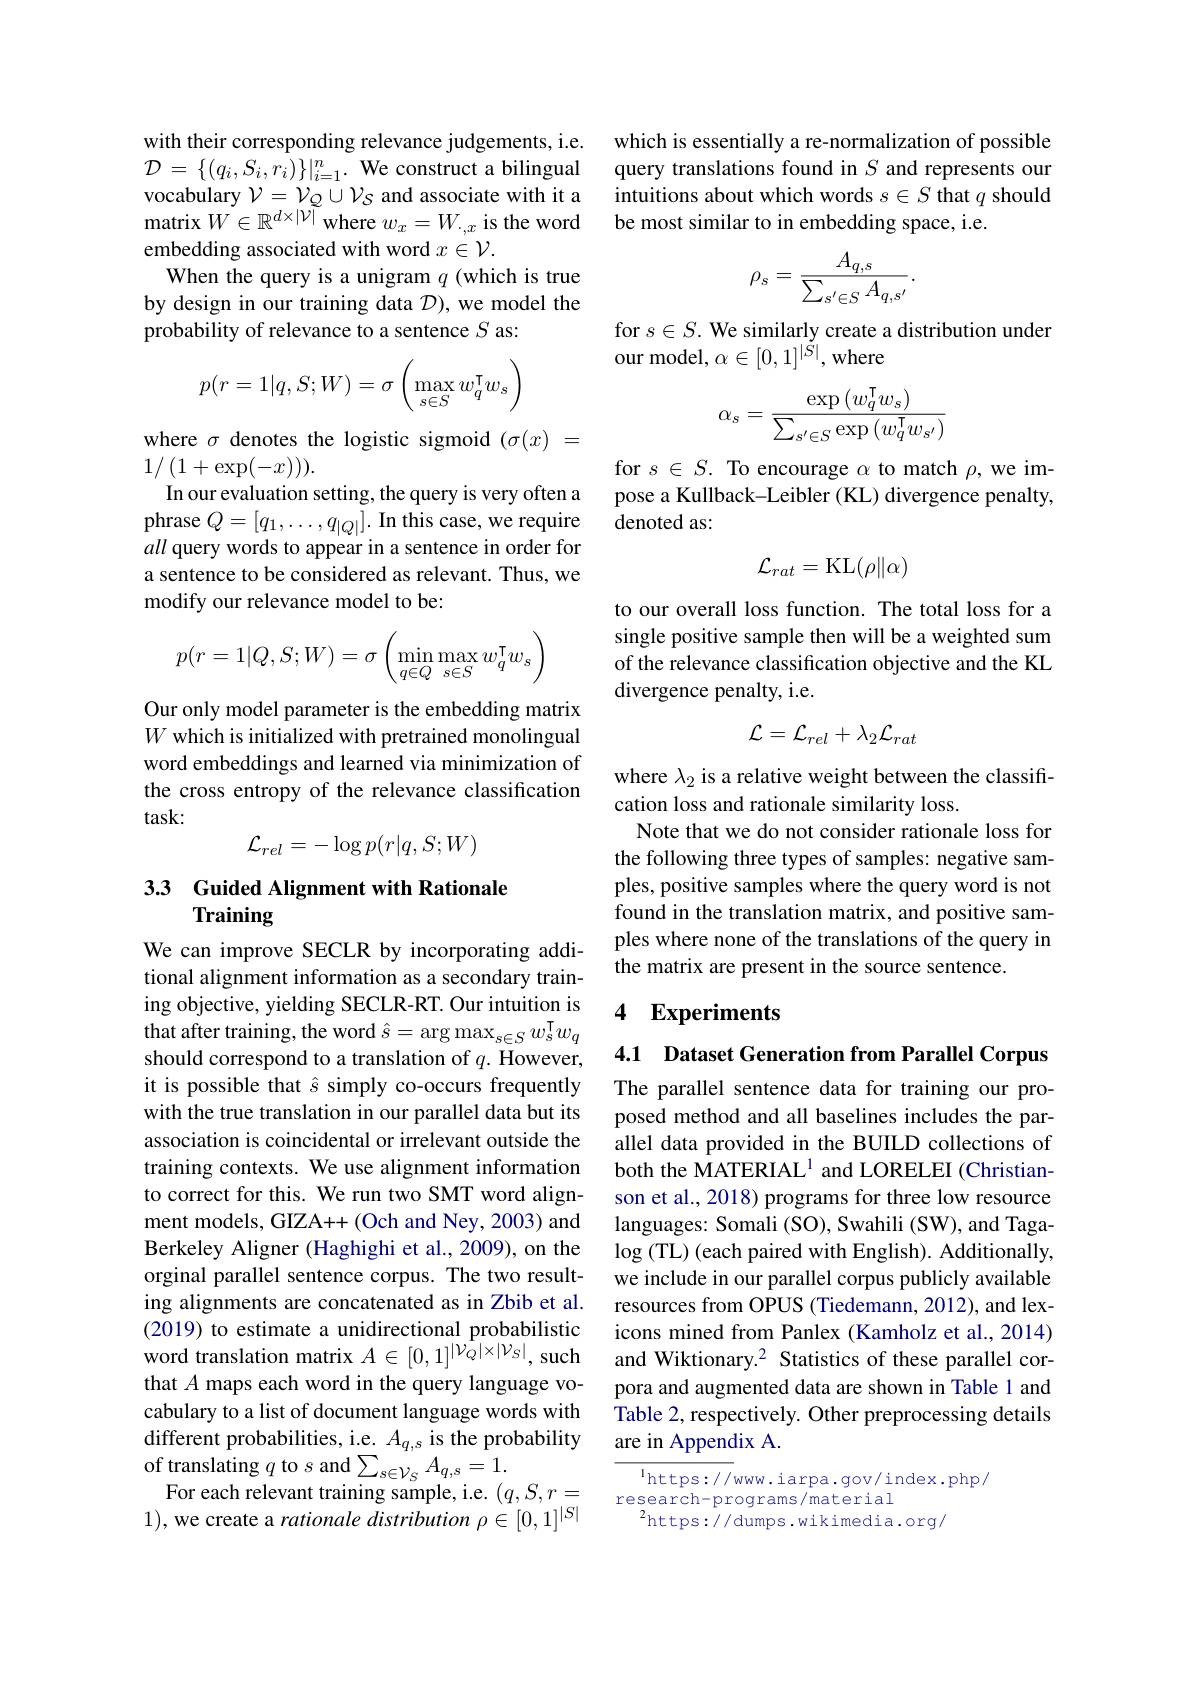
with their corresponding relevance judgements, i.e. $\mathcal{D}=\{(q_{i},S_{i},r_{i})\}|_{i=1}^{n}.$ We construct a bilingual embedding associated with word $x\in\mathcal{V}.$
When the query is a unigram $q$ (which is true by design in our training data $\mathcal{D})$, we model the probability of relevance to a sentence $S$ as:
$$p(r=1|q,S;W)=\sigma\left(\max\limits_{s\in S}w_q^\intercal w_s\right)$$
where $\sigma$ denotes the logistic sigmoid $(\sigma(x)=$
$1/\left(1+\exp(-x)\right)).$
In our evaluation setting, the query is very often a phrase $Q=[q_1,\ldots,q_{|Q|}].$ In this case, we require all query words to appear in a sentence in order for a sentence to be considered as relevant. Thus, we modify our relevance model to be:
$$p(r=1|Q,S;W)=\sigma\left(\min\limits_{q\in Q}\max\limits_{s\in S}w_q^\intercal w_s\right)$$
Our only model parameter is the embedding matrix $W$ which is initialized with pretrained monolingual word embeddings and learned via minimization of the cross entropy of the relevance classification task:
$$\mathcal{L}_{rel}=-\log p(r|q,S;W)$$
## 33 Guided Alignment with Rationale Training

We can improve SECLR by incorporating additional alignment information as a secondary training objective, yielding SECLR-RT. Our intuition is that after training, the word $\hat{s}=\arg\max_{s\in S}w_{s}^{\mathrm{T}}w_{q}$ should correspond to a translation of $q.$ However, it is possible that $\hat{s}$ simply co-occurs frequently with the true translation in our parallel data but its association is coincidental or irrelevant outside the training contexts. We use alignment information to correct for this. We run two SMT word alignment models, GIZA++ (Och and Ney, 2003) and Berkeley Aligner (Haghighi et al., 2009), on the orginal parallel sentence corpus. The two resulting alignments are concatenated as in Zbib et al. (2019) to estimate a unidirectional probabilistic word translation matrix $A\in[0,1]^|\dot{\mathcal{V}}_Q|\times|\mathcal{V}_S|$, such that $A$ maps each word in the query language vocabulary to a list of document language words with different probabilities, i.e. $A_q,s$ is the probability $\mathop{\text{of translating }q}_{\Gamma}$to$s$and$\sum_s\in\mathcal{V}_SA_{q,s}=1.$
For each relevant training sample, i.e. $(q,S,r=$ 1), we create a rationale distribution $\rho\in[0,1]^|S|$

which is essentially a re-normalization of possible query translations found in $S$ and represents our
$\begin{array}{ll}\text{vocabulary }\mathcal{V}=\mathcal{V}_{\mathcal{Q}}\cup\mathcal{V}_{\mathcal{S}}\text{ and associate with it a}&\text{intuitions about which words }s\in S\text{ that }q\text{ should}\\\text{matrix }W\in\mathbb{R}^{d\times|\mathcal{V}|}\text{ where }w_{x}=W_{,x}\text{ is the word}&\text{be most similar to in embedding space, i.e.}\end{array}$
$$\rho_{s}=\frac{A_{q,s}}{\sum_{s'\in S}A_{q,s'}}.$$
for $s\in S.$ We similarly create a distribution under
our model, $\alpha\in[0,1]^|\tilde{S}|$, where
$$\alpha_s=\frac{\exp{(w_q^\mathsf{T}w_s)}}{\sum_{s'\in S}\exp{(w_q^\mathsf{T}w_{s'})}}$$
for $s\in S.$ To encourage $\alpha$ to match $\rho$,we impose a Kullback-Leibler (KL) divergence penalty, denoted as:
$$\mathcal{L}_{rat}=\mathrm{KL}(\rho\|\alpha)$$
to our overall loss function. The total loss for a single positive sample then will be a weighted sum of the relevance classification objective and the KL divergence penalty, i.e.
$$\mathcal{L}=\mathcal{L}_{rel}+\lambda_{2}\mathcal{L}_{rat}$$
where $\lambda_2$ is a relative weight between the classifi-
cation loss and rationale similarity loss.
Note that we do not consider rationale loss for the following three types of samples: negative samples, positive samples where the query word is not found in the translation matrix, and positive samples where none of the translations of the query in the matrix are present in the source sentence.

### 4 Experiments

4.1 Dataset Generation from Parallel Corpus

The parallel sentence data for training our proposed method and all baselines includes the parallel data provided in the BUILD collections of both the MATERIAL$^{1}$ and LORELEI (Christianson et al., 2018) programs for three low resource languages: Somali (SO), Swahili (SW), and Taga- $\log\left(\mathrm{TL}\right)\left(\mathrm{each~paired~with~English}\right).$ Additionally, we include in our parallel corpus publicly available resources from OPUS (Tiedemann, 2012), and lexicons mined from Panlex (Kamholz et al., 2014) and Wiktionary.2 Statistics of these parallel corpora and augmented data are shown in Table 1 and Table 2, respectively. Other preprocessing details are in Appendix A.

$^{\mathrm{l}}$https://www.iarpa.gov/index.php/
research-programs/material
$^{2}$https$:\tilde{I}/$dumps.wikimedia.org/